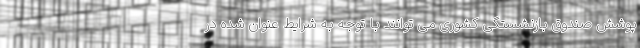
پوشش صندوق بازنشستگی کشوری می توانند با توجه به شرایط عنوان شده در